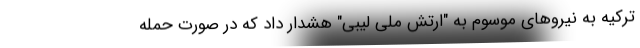
ترکیه به نیروهای موسوم به "ارتش ملی لیبی" هشدار داد که در صورت حمله